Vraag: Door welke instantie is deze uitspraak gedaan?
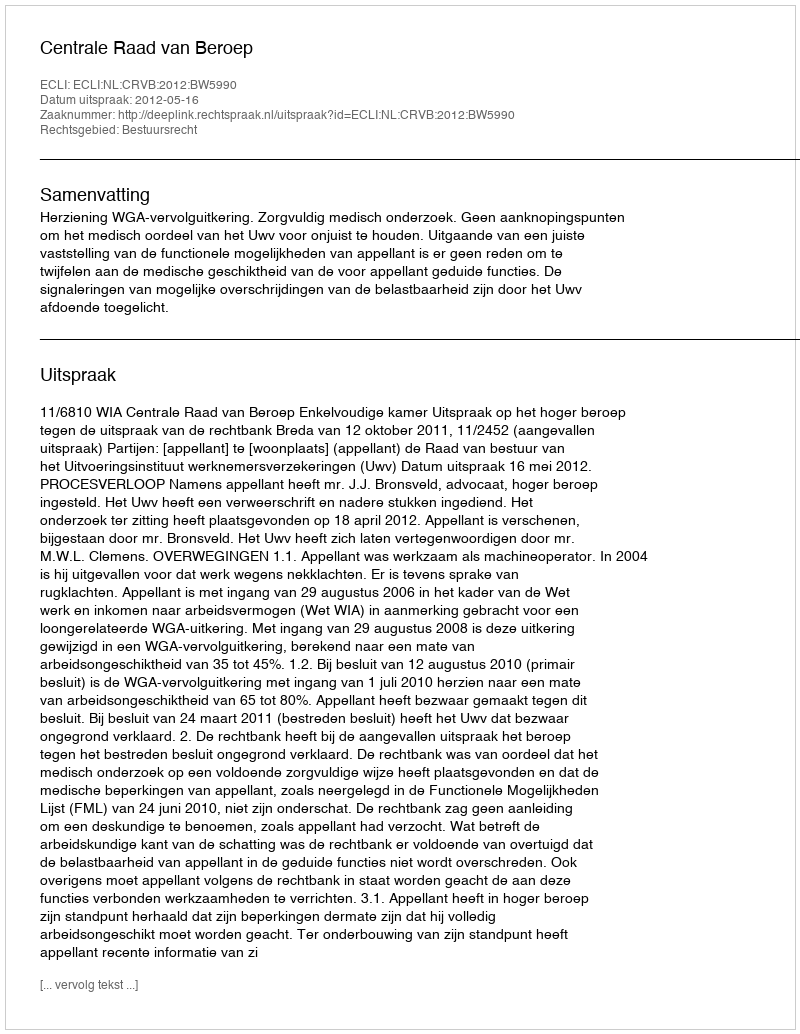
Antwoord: Centrale Raad van Beroep